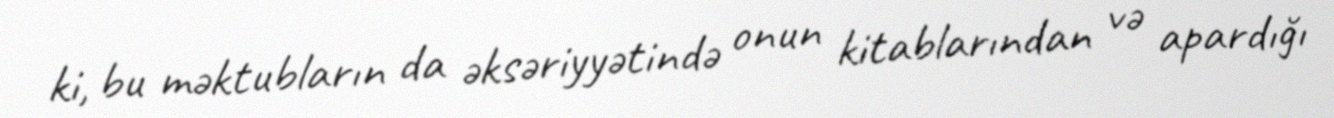
ki, bu məktubların da əksəriyyətində onun kitablarından və apardığı